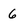
Character: 6